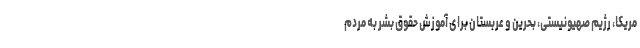
مریکا، رژیم صهیونیستی، بحرین و عربستان برای آموزش حقوق بشر به مردم